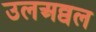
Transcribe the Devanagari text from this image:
उलअव्वल